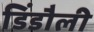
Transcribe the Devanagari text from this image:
डिंडौली